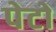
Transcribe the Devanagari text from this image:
पेटो